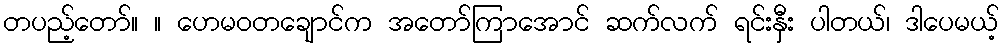
တပည့်တော်။ ။ ဟေမဝတချောင်က အတော်ကြာအောင် ဆက်လက် ရင်းနှီး ပါတယ်၊ ဒါပေမယ့်